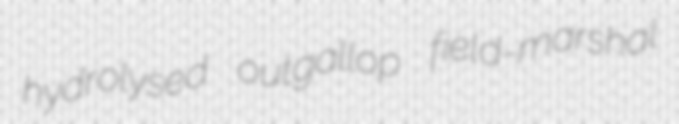
hydrolysed outgallop field-marshal